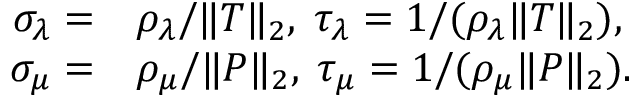
\begin{array} { r l } { \sigma _ { \lambda } = } & { { } \rho _ { \lambda } / \| T \| _ { 2 } , \; \tau _ { \lambda } = 1 / ( \rho _ { \lambda } \| T \| _ { 2 } ) , } \\ { \sigma _ { \mu } = } & { { } \rho _ { \mu } / \| P \| _ { 2 } , \; \tau _ { \mu } = 1 / ( \rho _ { \mu } \| P \| _ { 2 } ) . } \end{array}